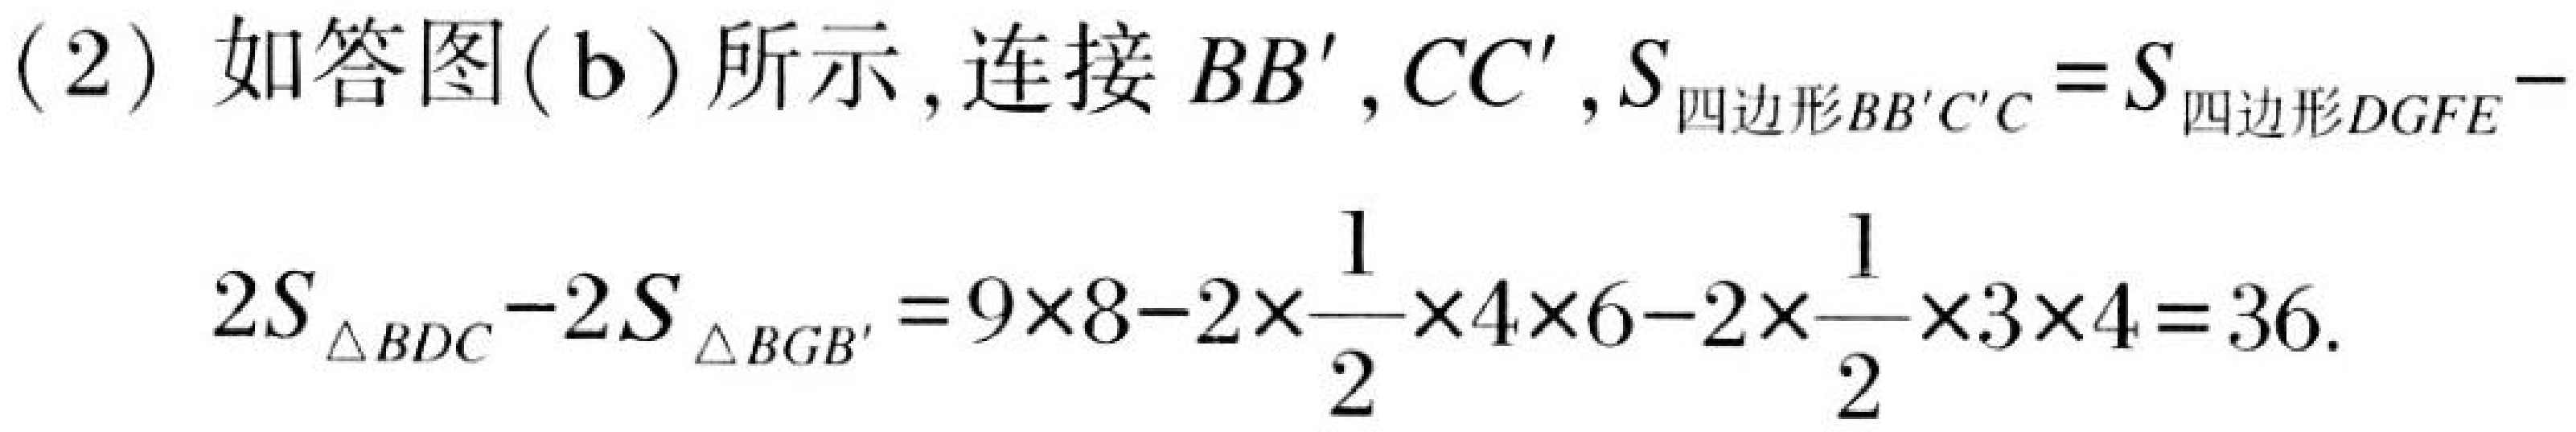
(2) 如答图(b)所示,连接 \(BB',CC'\),\(S_{四边形BB'C'C}=S_{四边形DGFE}-\\
2S_{\triangle BDC}-2S_{\triangle BGB'}=9\times8 - 2\times\frac{1}{2}\times4\times6-2\times\frac{1}{2}\times3\times4 = 36\).